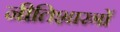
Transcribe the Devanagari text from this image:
नीतिशास्त्रों